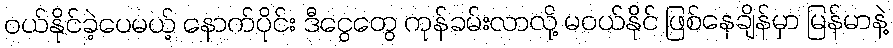
ဝယ်နိုင်ခဲ့ပေမယ့် နောက်ပိုင်း ဒီငွေတွေ ကုန်ခမ်းလာလို့ မဝယ်နိုင် ဖြစ်နေချိန်မှာ မြန်မာနဲ့